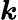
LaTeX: \boldsymbol{\mathit{k}}